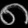
Digit: ၈